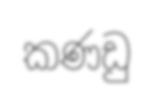
කණඩු